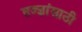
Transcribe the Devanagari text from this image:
तज्ज्ञांसाठी